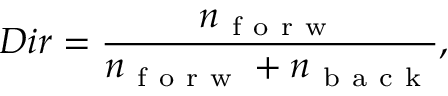
D i r = \frac { n _ { \mathrm { ~ f ~ o ~ r ~ w ~ } } } { n _ { \mathrm { ~ f ~ o ~ r ~ w ~ } } + n _ { \mathrm { ~ b ~ a ~ c ~ k ~ } } } ,